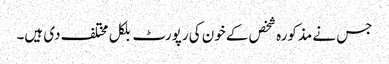
جس نے مذکورہ شخص کے خون کی رپورٹ بلکل مختلف دی ہیں۔